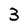
Character: 3